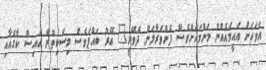
އަވަހަށް އައީމައެއްނު މަންމައަށްވެސް ފެންވަރާލަން ދެވޭނީ" އޭރު ބައްޕަވެސް މިސްކިތުން އައިސް ކާގެއާއި